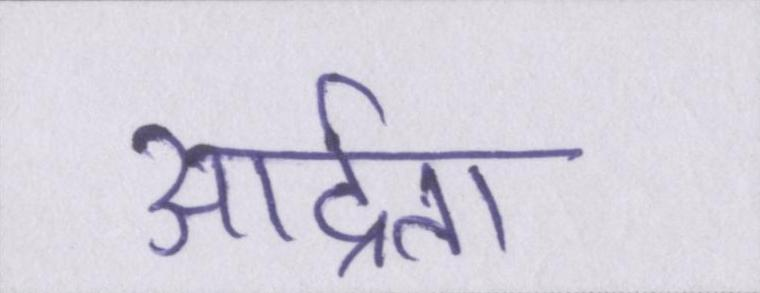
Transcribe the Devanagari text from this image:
आर्द्रता